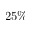
2 5 \%